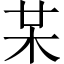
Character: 𣏼